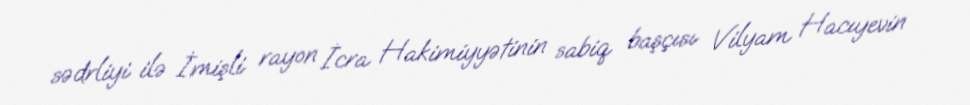
sədrliyi ilə İmişli rayon İcra Hakimiyyətinin sabiq başçısı Vilyam Hacıyevin